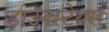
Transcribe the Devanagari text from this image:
डाउनस्टेयर्स